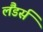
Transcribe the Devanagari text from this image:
लैंडर्स